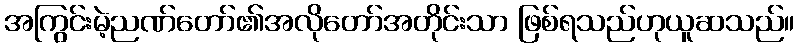
အကြွင်းမဲ့ညဏ်တော်၏အလိုတော်အတိုင်းသာ ဖြစ်ရသည်ဟုယူဆသည်။